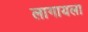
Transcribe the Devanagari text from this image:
लागायला